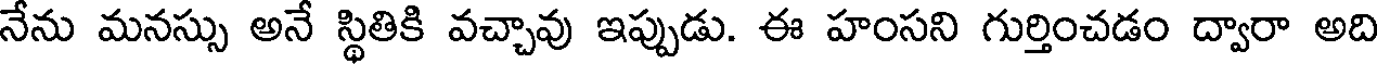
నేను మనస్సు అనే స్థితికి వచ్చావు ఇప్పుడు. ఈ హంసని గుర్తించడం ద్వారా అది